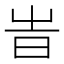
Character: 旹